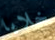
خلايا